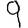
Digit: 9